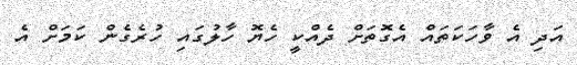
އަދި އެ ވާހަކަތައް އެގޮތަށް ދެއްކީ ހެޔޮ ހާލުގައި ހުރެގެން ކަމަށް އެ